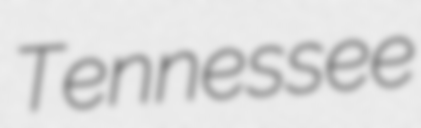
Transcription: Tennessee